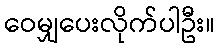
ဝေမျှပေးလိုက်ပါဦး။